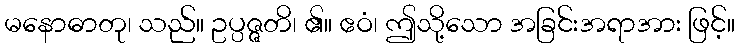
မနောဓာတု၊ သည်။ ဥပ္ပဇ္ဇတိ၊ ၏။ ဧဝံ၊ ဤသို့သော အခြင်းအရာအား ဖြင့်။